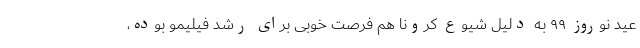
عید نوروز ۹۹ به دلیل شیوع کرونا هم فرصت خوبی برای رشد فیلیمو بوده،